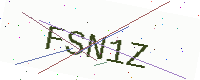
Text: FSN1Z